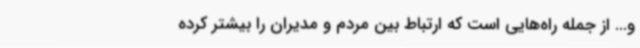
و... از جمله راه‌هایی است که ارتباط بین مردم و مدیران را بیشتر کرده